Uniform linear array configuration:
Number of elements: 32
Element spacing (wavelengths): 0.5
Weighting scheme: hann
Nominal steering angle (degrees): -60
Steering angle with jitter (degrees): -61.344
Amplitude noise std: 0.05
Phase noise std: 0.05

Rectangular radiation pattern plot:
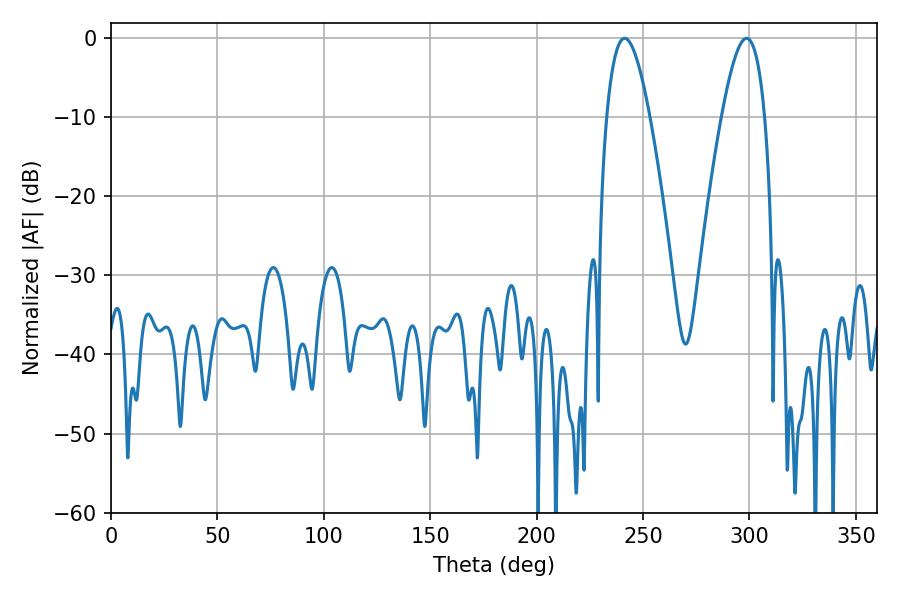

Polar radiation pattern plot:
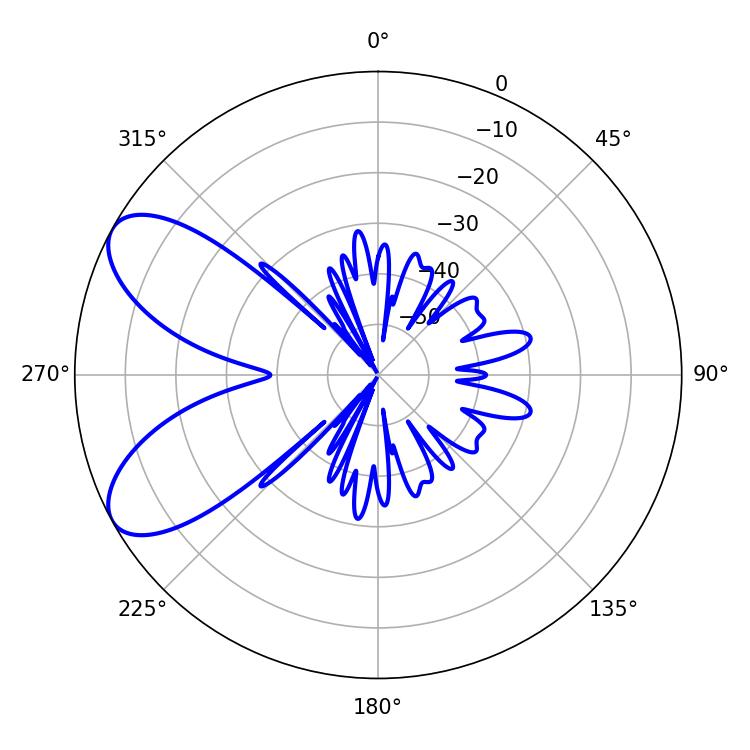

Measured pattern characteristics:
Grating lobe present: FALSE
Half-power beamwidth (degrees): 10.98
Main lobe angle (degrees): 298.62